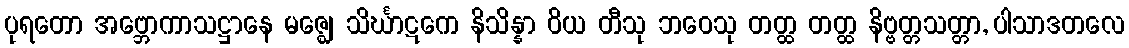
ပုရတော အဗ္ဘောကာသဋ္ဌာနေ မဇ္ဈေ သိင်္ဃာဋကေ နိသိန္နာ ဝိယ တီသု ဘဝေသု တတ္ထ တတ္ထ နိဗ္ဗတ္တသတ္တာ, ပါသာဒတလေ